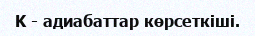
K - адиабаттар көрсеткіші.